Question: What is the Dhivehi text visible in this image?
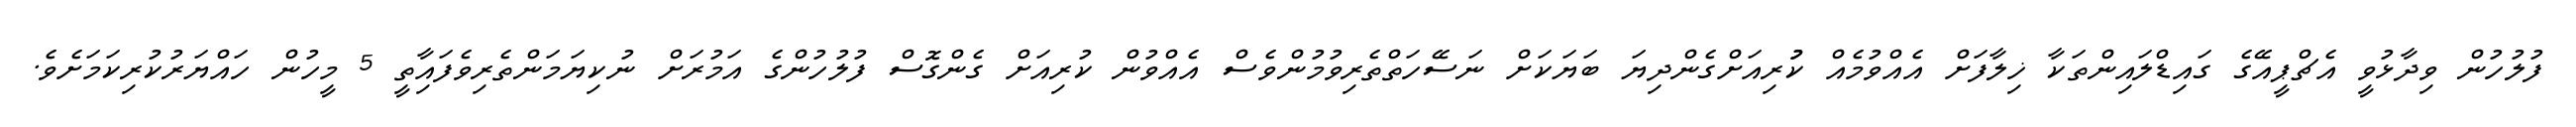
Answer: ފުލުހުން ވިދާޅުވީ އެޗްޕީއޭގެ ގައިޑްލައިންތަކާ ޚިލާފަށް އެއްވުމެއް ކުުރިއަށްގެންދިޔަ ބަޔަކަށް ނަސޭހަތްތެރިވުމުންވެސް އެއްވުން ކުރިއަށް ގެންގޮސް ފުލުހުންގެ އަމުރަށް ނުކިޔަމަންތެރިވެފައިާތީ 5 މީހުން ހައްޔަރުކުރިކަމަށެވެ.